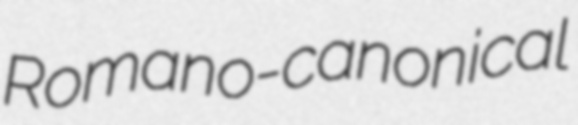
Romano-canonical